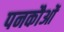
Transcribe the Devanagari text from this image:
पनकौओं